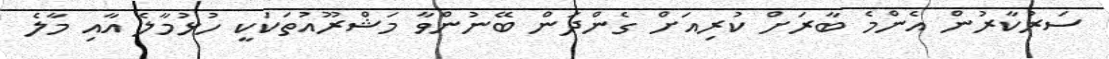
ސަރުކާރުން އެންމެ ބާރަށް ކުރިއަށް ގެންދަން ބޭނުންވާ މަޝްރޫއުތަކަކީ ހުޅުމާލެ އާއި މާލެ